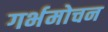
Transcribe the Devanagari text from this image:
गर्भमोचन